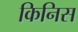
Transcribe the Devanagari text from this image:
किनिस